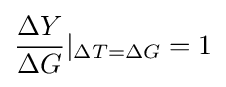
{\frac {\Delta Y}{\Delta G}}\vert _{\Delta T=\Delta G}=1